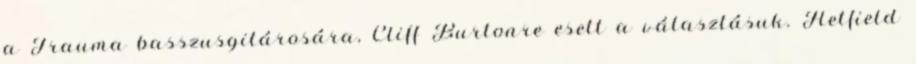
a Trauma basszusgitárosára, Cliff Burtonre esett a választásuk. Hetfield